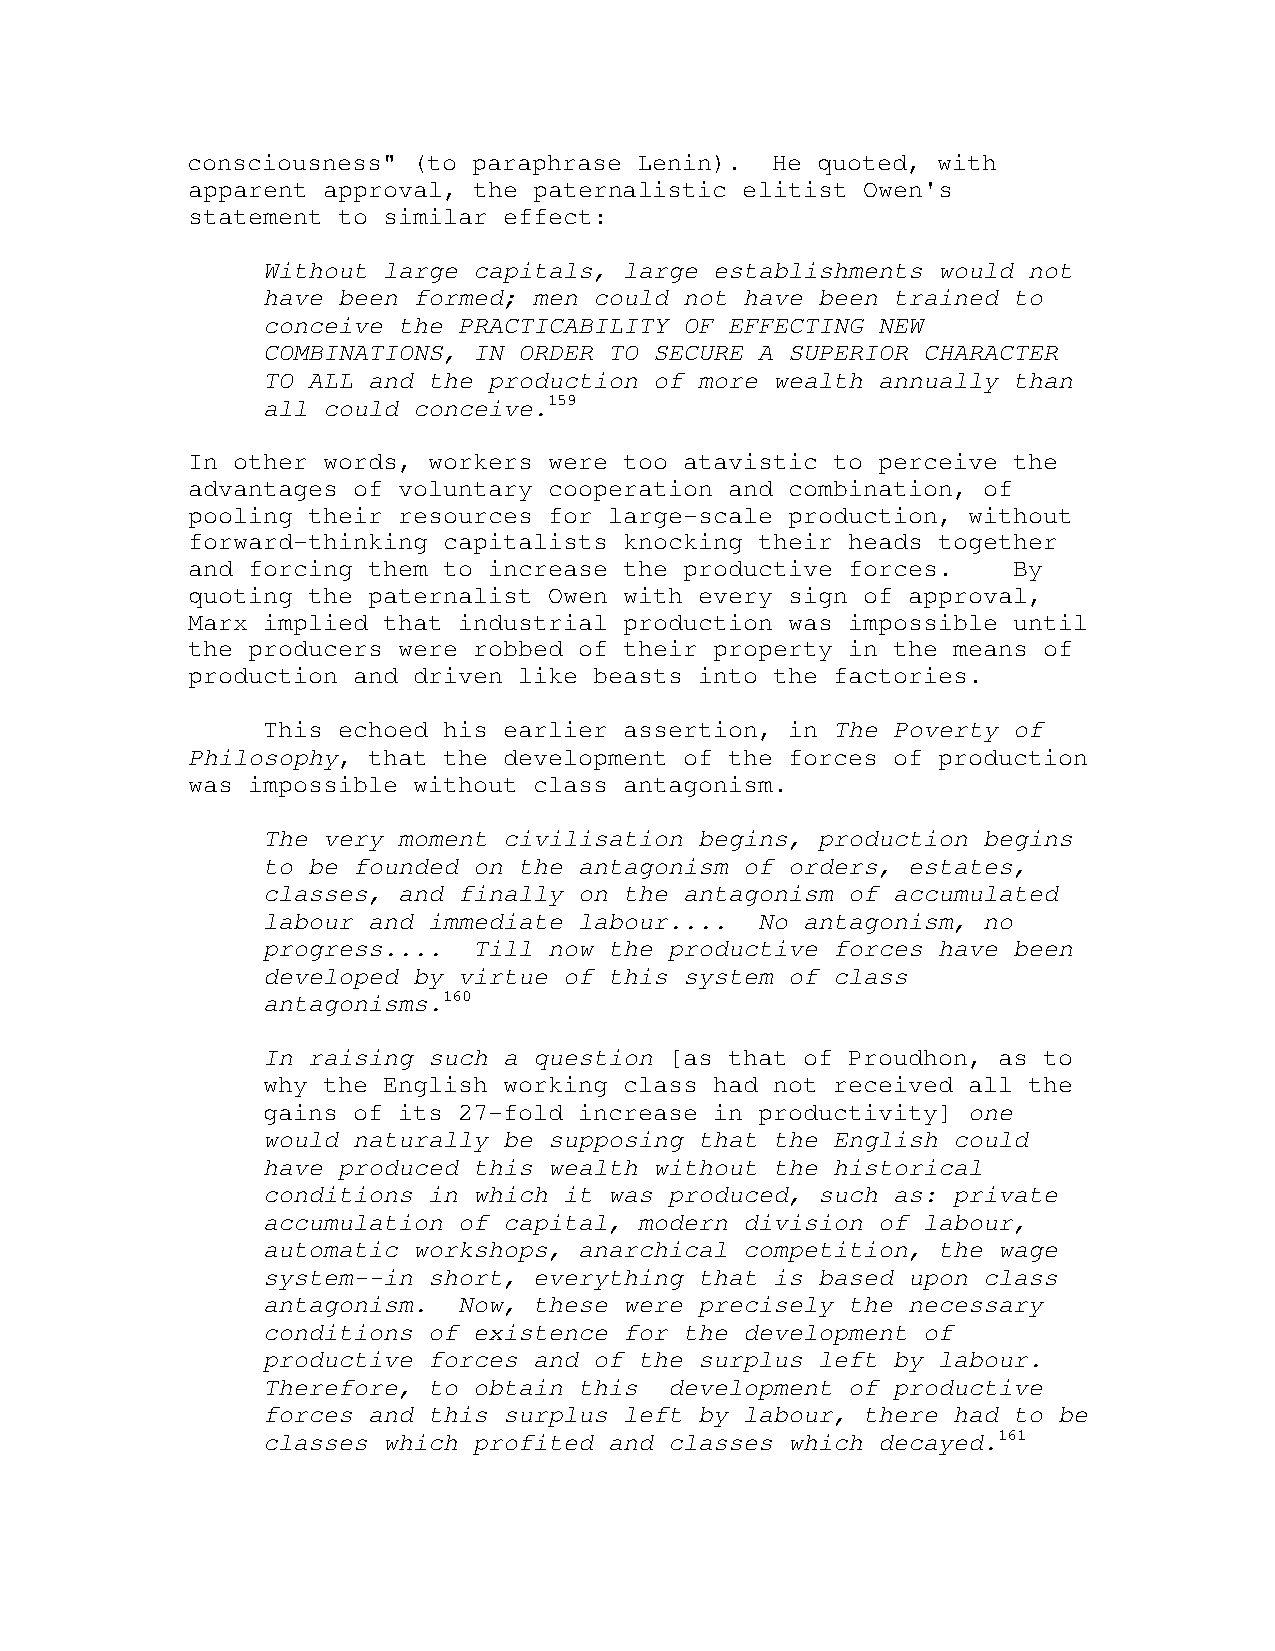
consciousness" (to paraphrase Lenin).  He quoted, with
 apparent approval, the paternalistic elitist Owen's
 statement to similar effect:
 Without large capitals, large establishments would not
 have been formed; men could not have been trained to
 conceive the PRACTICABILITY OF EFFECTING NEW
 COMBINATIONS, IN ORDER TO SECURE A SUPERIOR CHARACTER
 TO ALL and the production of more wealth annually than
 all could conceive.159
 In other words, workers were too atavistic to perceive the
 advantages of voluntary cooperation and combination, of
 pooling their resources for large-scale production, without
 forward-thinking capitalists knocking their heads together
 and forcing them to increase the productive forces.    By
 quoting the paternalist Owen with every sign of approval,
 Marx implied that industrial production was impossible until
 the producers were robbed of their property in the means of
 production and driven like beasts into the factories.
 This echoed his earlier assertion, in The Poverty of
 Philosophy, that the development of the forces of production
 was impossible without class antagonism.
 The very moment civilisation begins, production begins
 to be founded on the antagonism of orders, estates,
 classes, and finally on the antagonism of accumulated
 labour and immediate labour....  No antagonism, no
 progress....  Till now the productive forces have been
 developed by virtue of this system of class
 antagonisms.160
 In raising such a question [as that of Proudhon, as to
 why the English working class had not received all the
 gains of its 27-fold increase in productivity] one
 would naturally be supposing that the English could
 have produced this wealth without the historical
 conditions in which it was produced, such as: private
 accumulation of capital, modern division of labour,
 automatic workshops, anarchical competition, the wage
 system--in short, everything that is based upon class
 antagonism.  Now, these were precisely the necessary
 conditions of existence for the development of
 productive forces and of the surplus left by labour.
 Therefore, to obtain this  development of productive
 forces and this surplus left by labour, there had to be
 classes which profited and classes which decayed.161